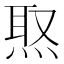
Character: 焣